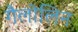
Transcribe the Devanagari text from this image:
गैलोलिन